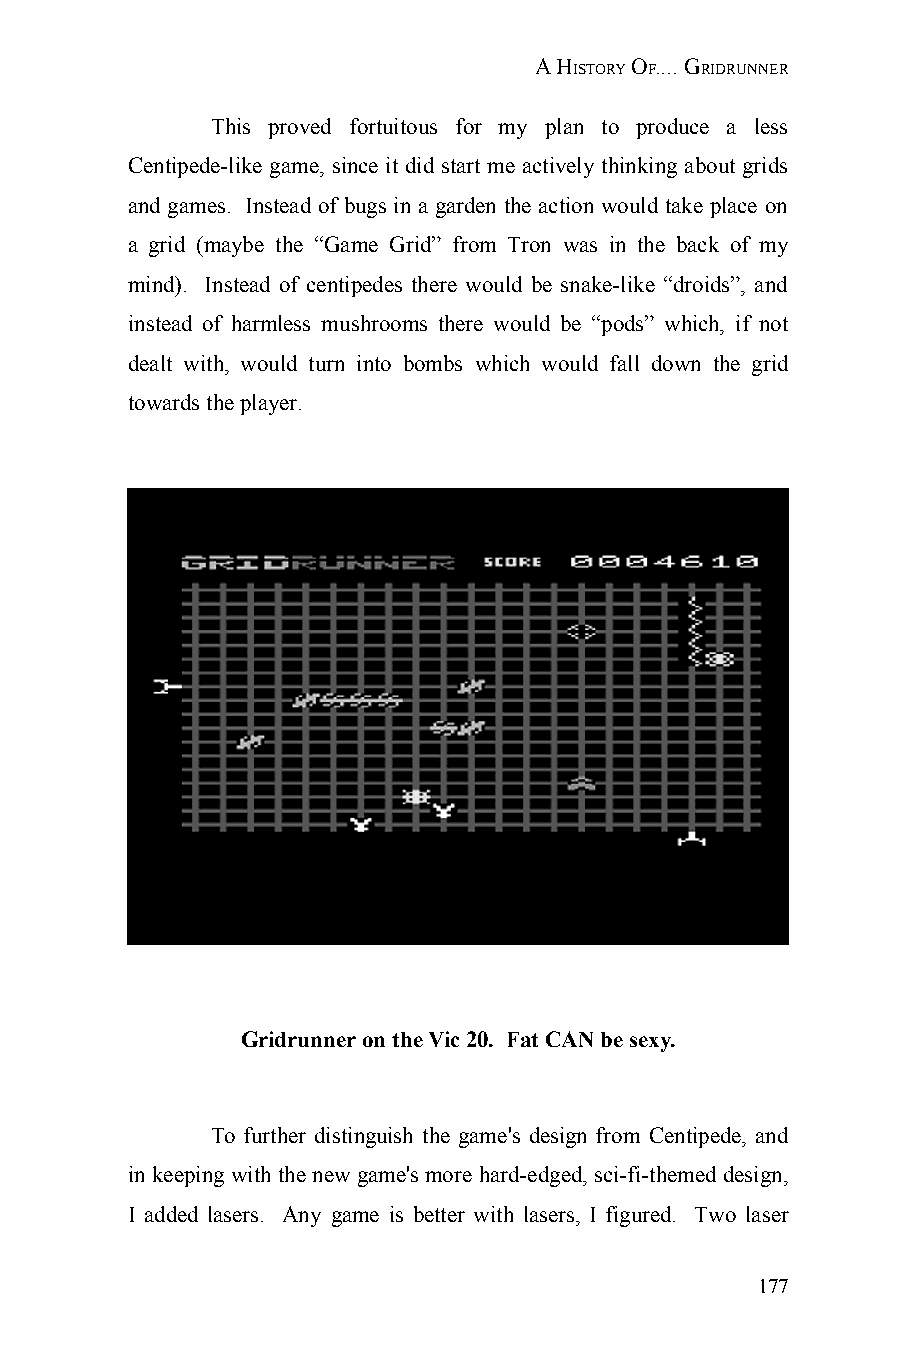
A HISTORY OF.... GRIDRUNNER
 This proved fortuitous for my plan to produce a less
 Centipede-like game, since it did start me actively thinking about grids
 and games. Instead of bugs in a garden the action would take place on
 a grid (maybe the “Game Grid” from Tron was in the back of my
 mind). Instead of centipedes there would be snake-like “droids”, and
 instead of harmless mushrooms there would be “pods” which, if not
 dealt with, would turn into bombs which would fall down the grid
 towards the player.
 Gridrunner on the Vic 20. Fat CAN be sexy.
 To further distinguish the game's design from Centipede, and
 in keeping with the new game's more hard-edged, sci-fi-themed design,
 I added lasers. Any game is better with lasers, I figured. Two laser
 177